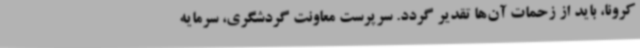
کرونا، باید از زحمات آن‌ها تقدیر گردد. سرپرست معاونت گردشگری، سرمایه